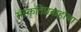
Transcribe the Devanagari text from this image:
संस्कृतिप्रवाहांचा